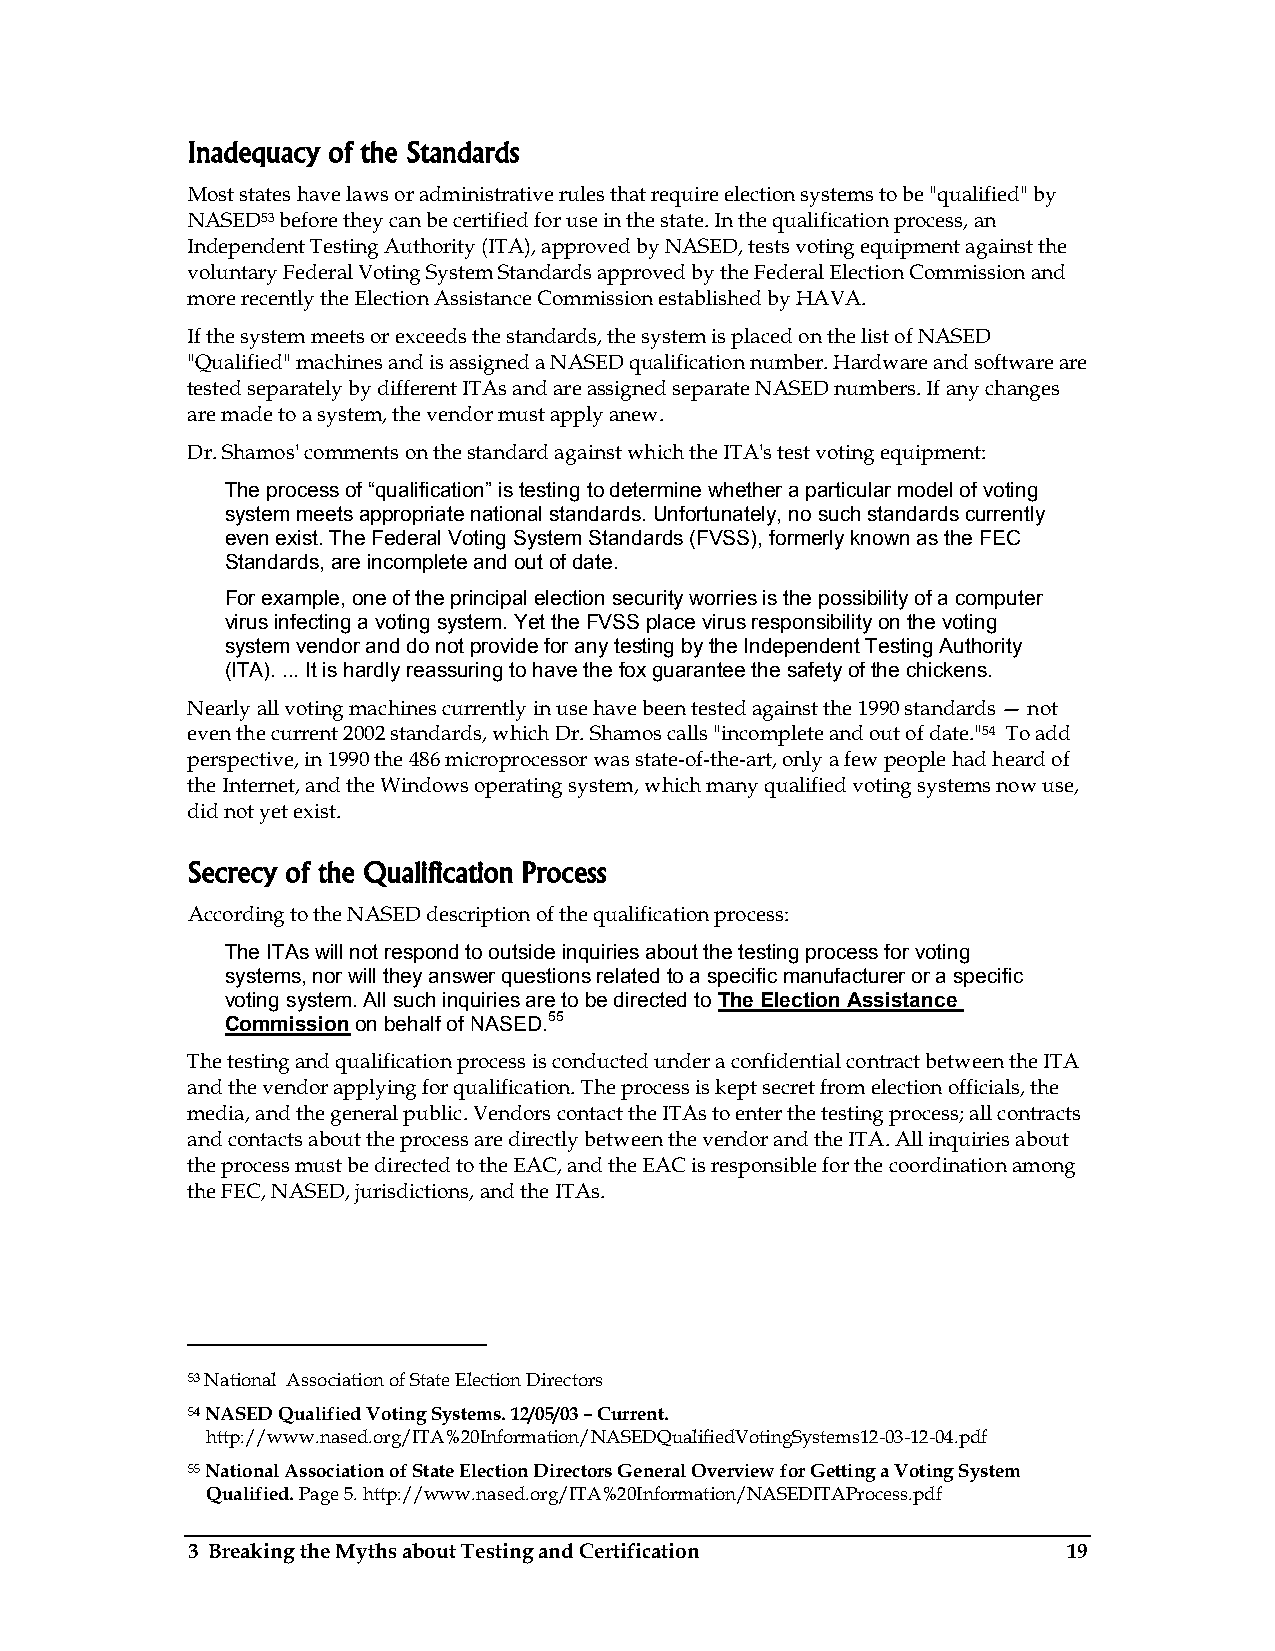
Inadequacy of the Standards
 Most states have laws or administrative rules that require election systems to be "qualified" by
 NASED53 before they can be certified for use in the state. In the qualification process, an
 Independent Testing Authority (ITA), approved by NASED, tests voting equipment against the
 voluntary Federal Voting System Standards approved by the Federal Election Commission and
 more recently the Election Assistance Commission established by HAVA.
 If the system meets or exceeds the standards, the system is placed on the list of NASED
 "Qualified" machines and is assigned a NASED qualification number. Hardware and software are
 tested separately by different ITAs and are assigned separate NASED numbers. If any changes
 are made to a system, the vendor must apply anew.
 Dr. Shamos' comments on the standard against which the ITA's test voting equipment:
 The process of “qualification” is testing to determine whether a particular model of voting
 system meets appropriate national standards. Unfortunately, no such standards currently
 even exist. The Federal Voting System Standards (FVSS), formerly known as the FEC
 Standards, are incomplete and out of date.
 For example, one of the principal election security worries is the possibility of a computer
 virus infecting a voting system. Yet the FVSS place virus responsibility on the voting
 system vendor and do not provide for any testing by the Independent Testing Authority
 (ITA). ... It is hardly reassuring to have the fox guarantee the safety of the chickens.
 Nearly all voting machines currently in use have been tested against the 1990 standards — not
 even the current 2002 standards, which Dr. Shamos calls "incomplete and out of date."54 To add
 perspective, in 1990 the 486 microprocessor was state-of-the-art, only a few people had heard of
 the Internet, and the Windows operating system, which many qualified voting systems now use,
 did not yet exist.
 Secrecy of the Qualification Process
 According to the NASED description of the qualification process:
 The ITAs will not respond to outside inquiries about the testing process for voting
 systems, nor will they answer questions related to a specific manufacturer or a specific
 voting system. All such inquiries are to be directed to The Election Assistance
 Commission on behalf of NASED.55
 The testing and qualification process is conducted under a confidential contract between the ITA
 and the vendor applying for qualification. The process is kept secret from election officials, the
 media, and the general public. Vendors contact the ITAs to enter the testing process; all contracts
 and contacts about the process are directly between the vendor and the ITA. All inquiries about
 the process must be directed to the EAC, and the EAC is responsible for the coordination among
 the FEC, NASED, jurisdictions, and the ITAs.
 53 National Association of State Election Directors
 54 NASED Qualified Voting Systems. 12/05/03 – Current.
 http://www.nased.org/ITA%20Information/NASEDQualifiedVotingSystems12-03-12-04.pdf
 55 National Association of State Election Directors General Overview for Getting a Voting System
 Qualified. Page 5. http://www.nased.org/ITA%20Information/NASEDITAProcess.pdf
 3 Breaking the Myths about Testing and Certification       19